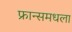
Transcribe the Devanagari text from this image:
फ्रान्समधला